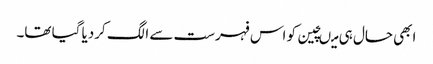
ابھی حال ہی میںچین کو اس فہرست سے الگ کردیا گیا تھا۔